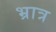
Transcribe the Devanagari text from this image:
भ्रात्र